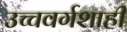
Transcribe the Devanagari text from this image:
उच्चवर्गशाही